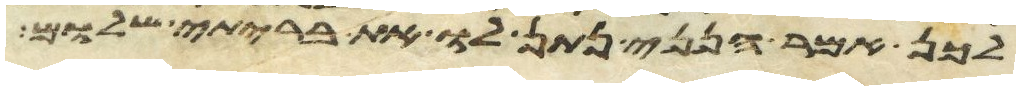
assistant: לכן אמר הנני נתן לו את בריתי שלום